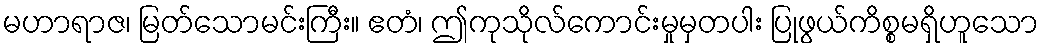
မဟာရာဇ၊ မြတ်သောမင်းကြီး။ ဧတံ၊ ဤကုသိုလ်ကောင်းမှုမှတပါး ပြုဖွယ်ကိစ္စမရှိဟူသော